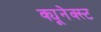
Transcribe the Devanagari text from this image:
क्यूनेक्स्ट